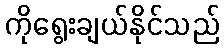
ကိုရွေးချယ်နိုင်သည်